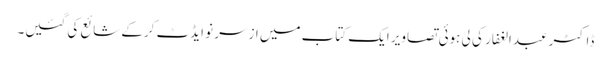
ڈاکٹر عبدالغفار کی لی ہوئی تصاویر ایک کتاب میں ازسر نو ایڈٹ کرکے شائع کی گئیں۔